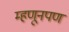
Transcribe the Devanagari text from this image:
म्हणूनपण